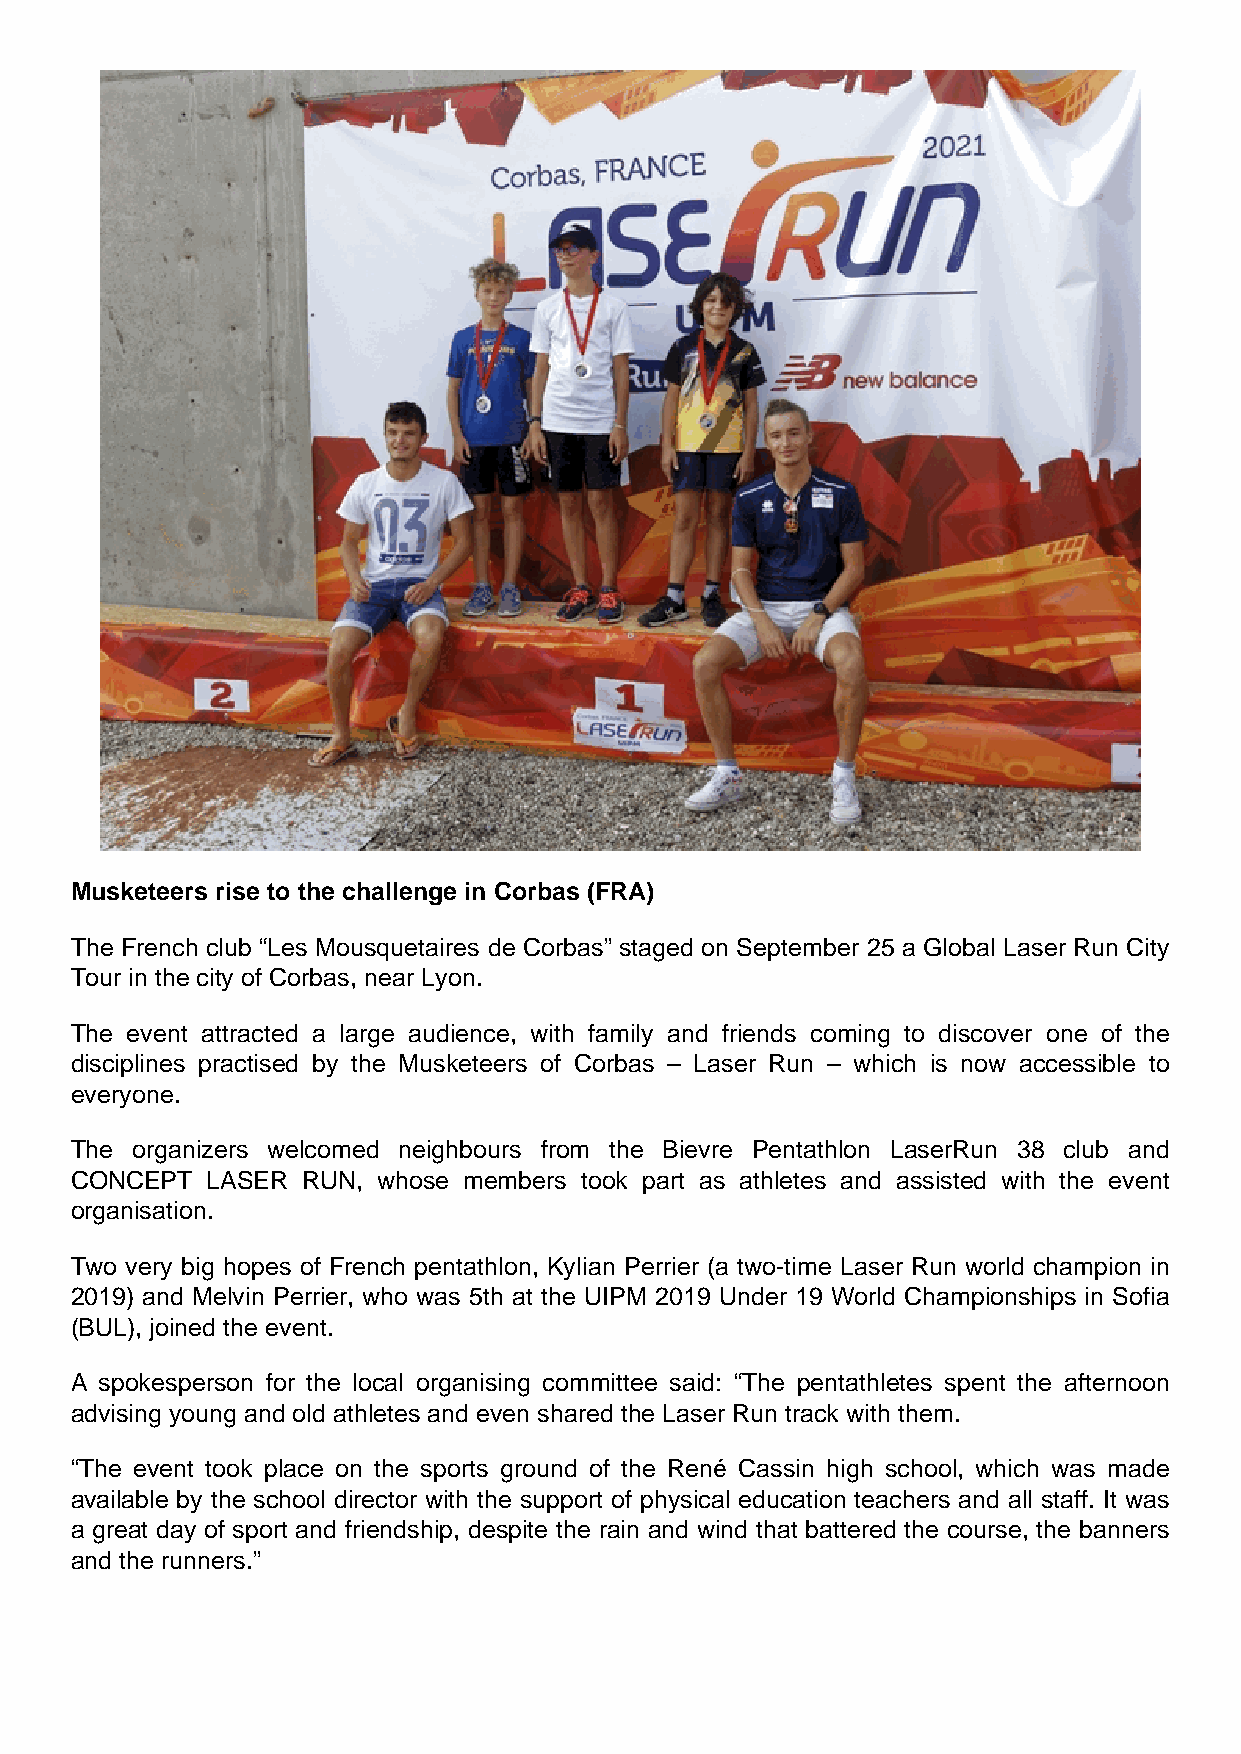
Musketeers rise to the challenge in Corbas (FRA)
 The French club “Les Mousquetaires de Corbas” staged on September 25 a Global Laser Run City
 Tour in the city of Corbas, near Lyon.
 The event attracted a large audience, with family and friends coming to discover one of the
 disciplines practised by the Musketeers of Corbas – Laser Run – which is now accessible to
 everyone.
 The organizers welcomed neighbours from the Bievre Pentathlon LaserRun 38 club and
 CONCEPT  LASER RUN, whose members took part as athletes and assisted with the event
 organisation.
 Two very big hopes of French pentathlon, Kylian Perrier (a two-time Laser Run world champion in
 2019) and Melvin Perrier, who was 5th at the UIPM 2019 Under 19 World Championships in Sofia
 (BUL), joined the event.
 A spokesperson for the local organising committee said: “The pentathletes spent the afternoon
 advising young and old athletes and even shared the Laser Run track with them.
 “The event took place on the sports ground of the René Cassin high school, which was made
 available by the school director with the support of physical education teachers and all staff. It was
 a great day of sport and friendship, despite the rain and wind that battered the course, the banners
 and the runners.”